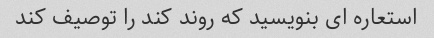
استعاره ای بنویسید که روند کند را توصیف کند